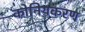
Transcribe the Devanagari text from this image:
कोनियकरण